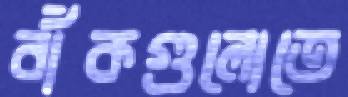
বাঁকগুলোতে